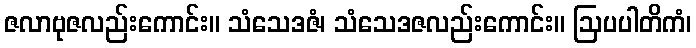
ဇလာဗုဇလည်းကောင်း။ သံသေဒဇံ၊ သံသေဒဇလည်းကောင်း။ ဩပပါတိကံ၊